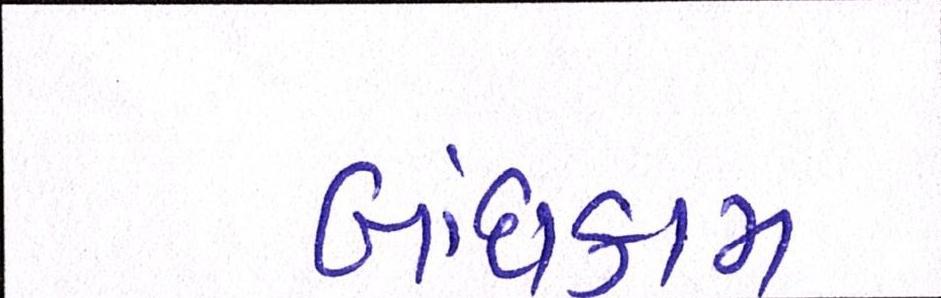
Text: બાંધકામ